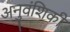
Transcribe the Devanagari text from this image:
अनुवंशिकी